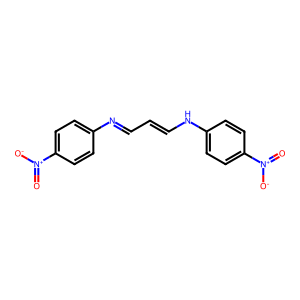
SMILES: O=[N+]([O-])c1ccc(N=CC=CNc2ccc([N+](=O)[O-])cc2)cc1
Inhibits HIV replication: No